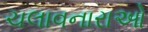
ચલાવનારાઓ